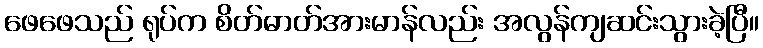
ဖေဖေသည် ရုပ်က စိတ်ဓာတ်အားမာန်လည်း အလွန်ကျဆင်းသွားခဲ့ပြီ။